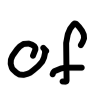
Text: of
Cross-out: clean
Writing tool: digital_black